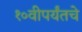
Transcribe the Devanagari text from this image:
१०वीपर्यंतचे